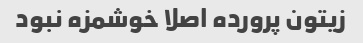
زیتون پرورده اصلا خوشمزه نبود